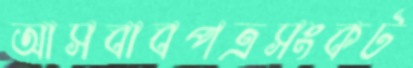
আসবাবপত্রসংকট